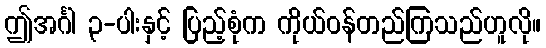
ဤအင်္ဂါ ၃-ပါးနှင့် ပြည့်စုံက ကိုယ်ဝန်တည်ကြသည်ဟူလို။